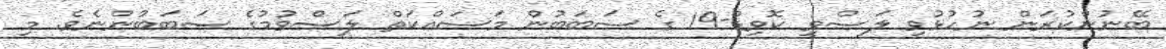
ބޭނުންކުރަން ނުހުޅުވި ލަސްވީ ކޮވިޑް-19 ގެ ސަބަބުން މަސައްކަތް ލަސްވުމުގެ ސަބަބުންނެވެ. މި